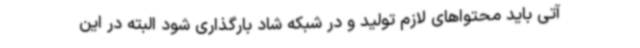
آتی باید محتواهای لازم تولید و در شبکه شاد بارگذاری شود البته در این